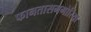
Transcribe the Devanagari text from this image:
फानतासमगोरिया